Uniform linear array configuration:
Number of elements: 32
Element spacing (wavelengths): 0.25
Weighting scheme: exponential
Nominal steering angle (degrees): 45
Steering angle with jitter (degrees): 46.226
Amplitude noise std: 0.05
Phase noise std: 0.05

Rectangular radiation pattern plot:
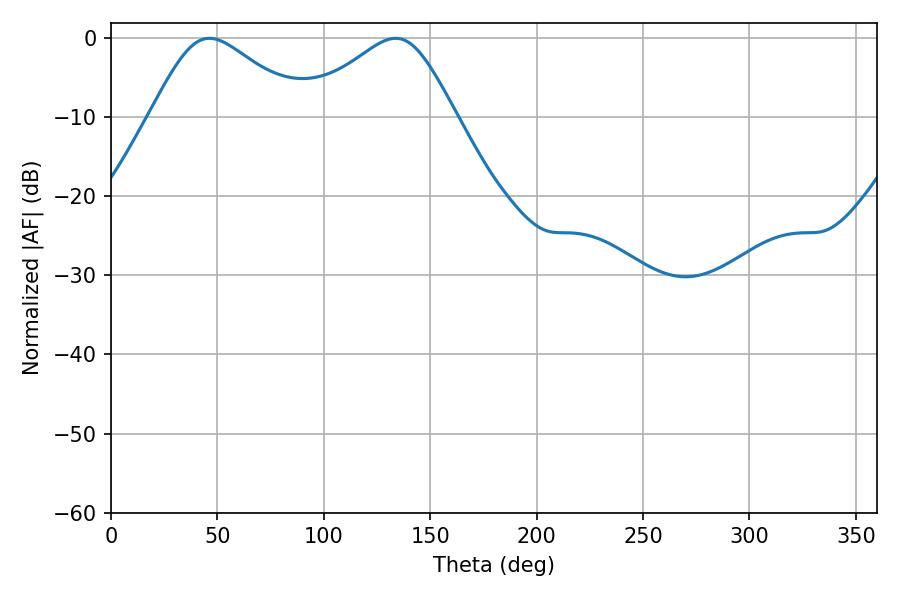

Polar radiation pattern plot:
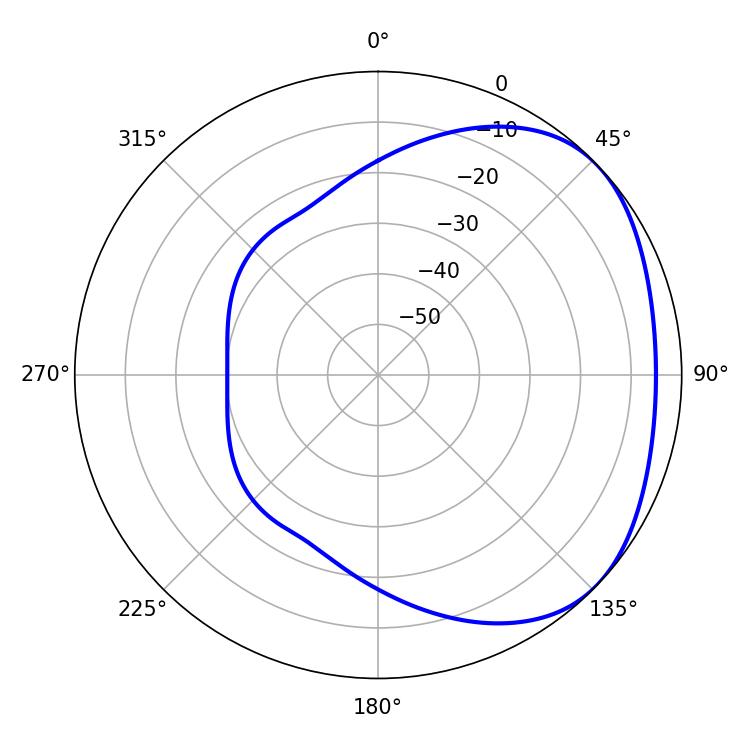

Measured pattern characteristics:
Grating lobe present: FALSE
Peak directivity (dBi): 2.7
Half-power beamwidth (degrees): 35.64
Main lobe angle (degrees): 46.26